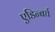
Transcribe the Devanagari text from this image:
एडिन्बर्घ